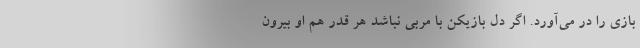
بازی را در می‌آورد. اگر دل بازیکن با مربی نباشد هر قدر هم او بیرون